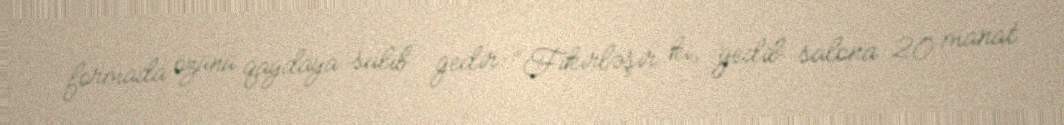
formada özünü qaydaya salıb gedir: “Fikirləşir ki, gedib salona 20 manat